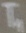
Text: T1